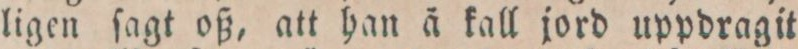
ligen ſagt oß, att han ä kall jord uppdragit